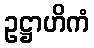
ဥဋ္ဌာဟိကံ